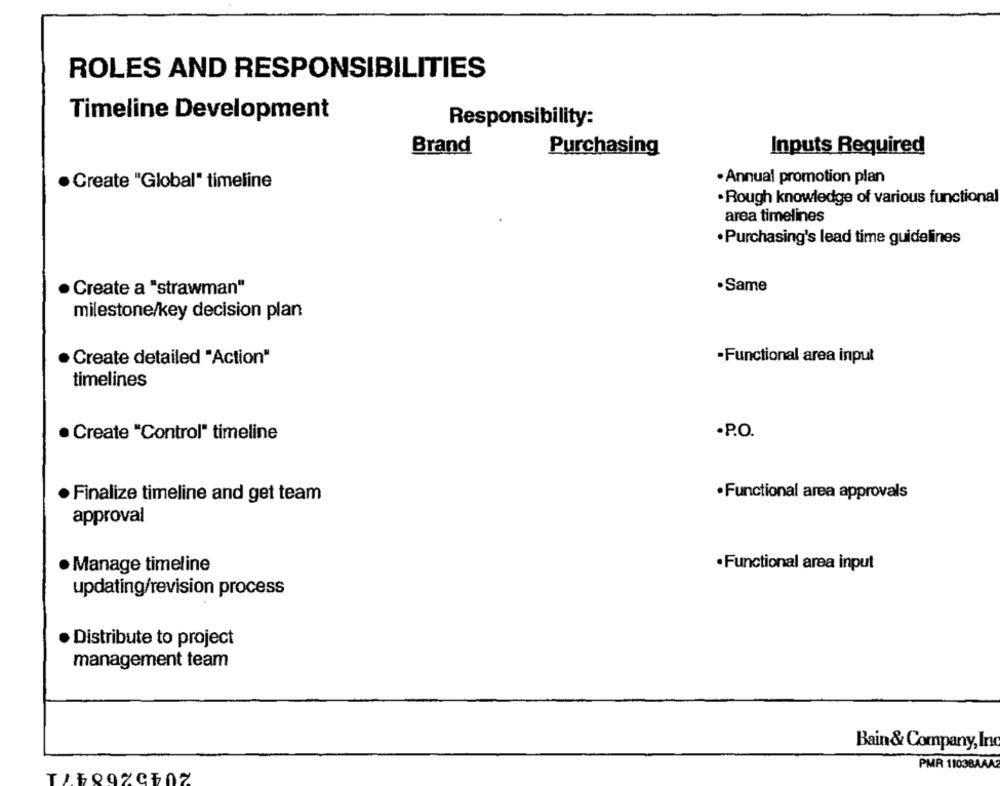
ROLES AND RESPONSIBILITIES
Timeline Development
Responsibility:
Brand
Purchasing
Inputs Required
· Annual promotion plan
Create "Global" timeline
·Rough knowledge of various functional
area timelines
· Purchasing's lead time guidelines
· Create a "strawman"
.Same
milestone/key decision plan
Create detailed "Action"
-Functional area input
timelines
· Create "Control" timeline
.P.O.
·Functional area approvals
· Finalize timeline and get team
approval
·Functional area input
· Manage timeline
updating/revision process
· Distribute to project
management team
Bain & Company, Inc
2045200471
PMR 1103BAAA2